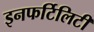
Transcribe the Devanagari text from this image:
इनफर्टिलिटी